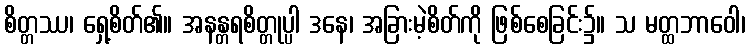
စိတ္တဿ၊ ရှေ့စိတ်၏။ အနန္တရစိတ္တုပ္ပါ ဒနေ၊ အခြားမဲ့စိတ်ကို ဖြစ်စေခြင်း၌။ သ မတ္ထဘာဝေါ၊